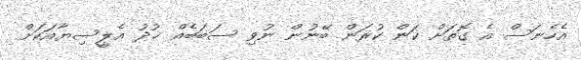
އެހެނަސް އެ ގޮތަށް ކަން ކުރަން ބޭނުން ނުވި ސަބަބެއް ޚުދު އެލީސިޔާއަކަށް